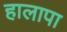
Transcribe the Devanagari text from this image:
हालापा